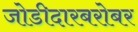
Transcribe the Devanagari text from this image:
जोडीदारबरोबर